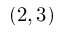
( 2 , 3 )